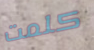
كلمت